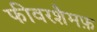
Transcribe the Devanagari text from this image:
फीवरशैमफ़